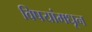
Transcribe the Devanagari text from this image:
विषयांमधून